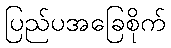
ပြည်ပအခြေစိုက်